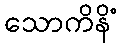
သောကိနိံ